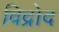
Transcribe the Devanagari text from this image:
विद्रोद